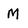
Character: M